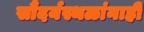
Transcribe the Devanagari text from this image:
सौंदर्यस्थळांनाही